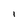
Character: i